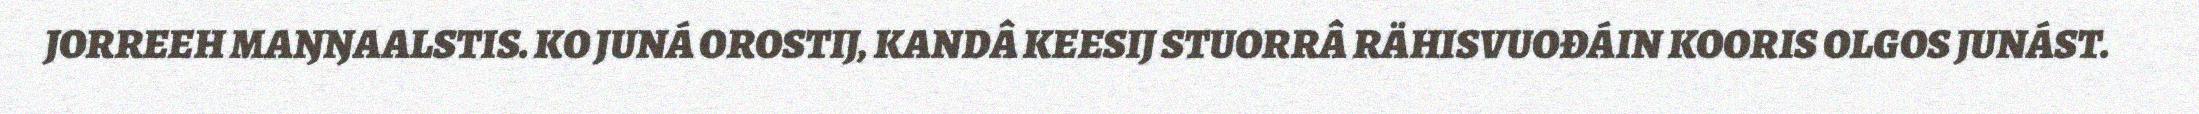
JORREEH MAŊŊAALSTIS. KO JUNÁ OROSTIJ, KANDÂ KEESIJ STUORRÂ RÄHISVUOĐÁIN KOORIS OLGOS JUNÁST.